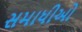
સમાધીઓ